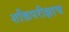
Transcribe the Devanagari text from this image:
शक्तिपरीक्षाच